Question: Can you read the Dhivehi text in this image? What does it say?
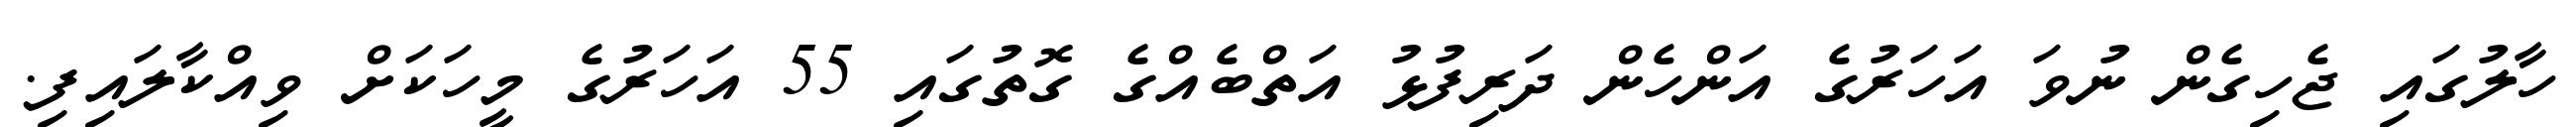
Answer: ހާލުގައި ޖެހިގެން ނުވަ އަހަރުގެ އަންހެން ދަރިފުޅު އަތްބެއްގެ ގޮތުގައި 55 އަހަރުގެ މީހަކަށް ވިއްކާލައިފި.